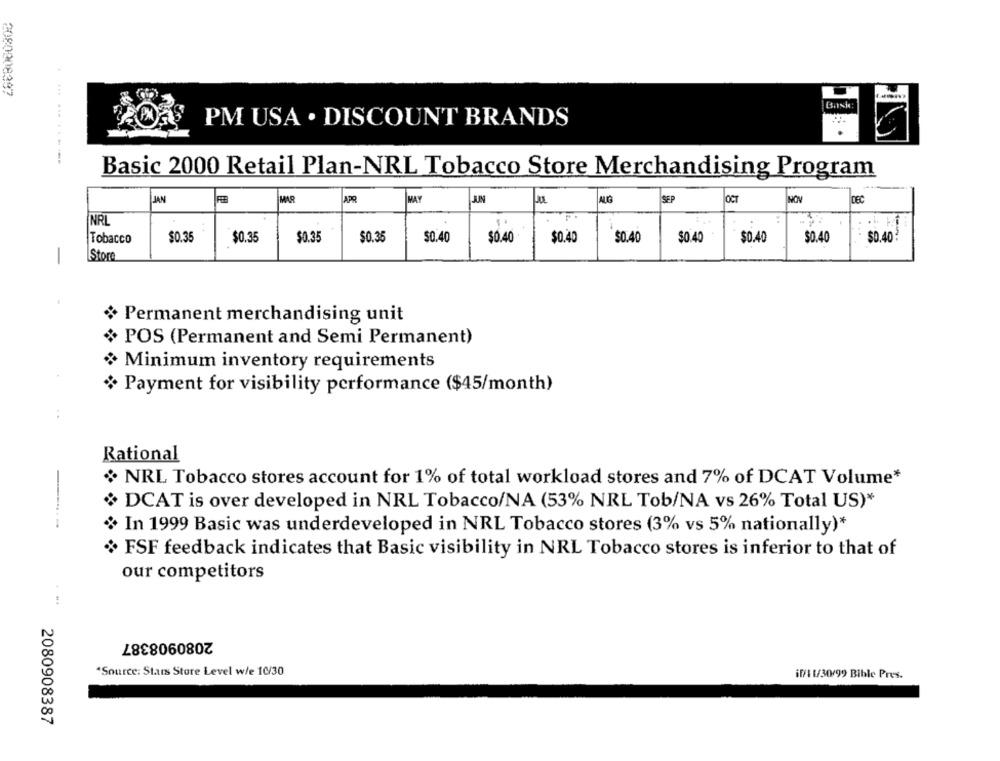
2080908387
PM USA . DISCOUNT BRANDS
Basic 2000 Retail Plan-NRL Tobacco Store Merchandising Program
NVT
APR
JUN
SEP
NOV
DEC
MAR
MAY
NRL
..
$0.40?
Tobacco
$0.35
$0.35
$0.35
$0.35
$0.40
$0.40
$0.40
$0.40
$0.40
$0.40
$0.40
Store
Permanent merchandising unit
POS (Permanent and Semi Permanent)
Minimum inventory requirements
Payment for visibility performance ($45/month)
Rational
¿ NRL Tobacco stores account for 1% of total workload stores and 7% of DCAT Volume*
DCAT is over developed in NRL Tobacco/NA (53% NRL Tob/NA vs 26% Total US)*
In 1999 Basic was underdeveloped in NRL Tobacco stores (3% vs 5% nationally)*
FSF feedback indicates that Basic visibility in NRL Tobacco stores is inferior to that of
our competitors
2080908387
"Source: Stars Store Level w/e 10/30
if/1 1/30/99 Bible Pres.
2080908387